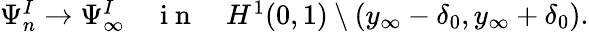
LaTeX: \begin{array}{r}{\Psi_{n}^{I}\to\Psi_{\infty}^{I}\quad\mathrm{~i~n~}\quad H^{1}(0,1)\setminus(y_{\infty}-\delta_{0},y_{\infty}+\delta_{0}).}\end{array}